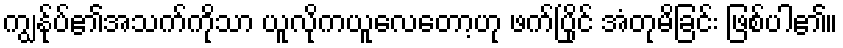
ကျွနု်ပ်၏အသက်ကိုသာ ယူလိုကယူလေတော့ဟု ဖက်ပြိုင် အံတုမိခြင်း ဖြစ်ပါ၏။